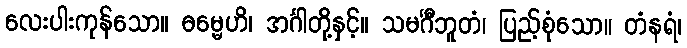
လေးပါးကုန်သော။ ဓမ္မေဟိ၊ အင်္ဂါတို့နှင့်။ သမင်္ဂီဘူတံ၊ ပြည့်စုံသော။ တံနရံ၊